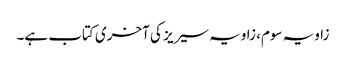
زاویہ سوم، زاویہ سیریز کی آخری کتاب ہے۔